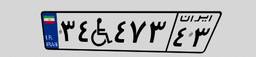
۳۴W۴۷۳۴۳